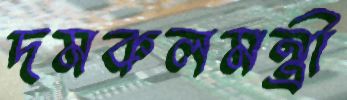
দমকলমন্ত্রী